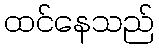
ထင်နေသည်